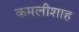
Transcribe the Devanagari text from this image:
कमलीशाह